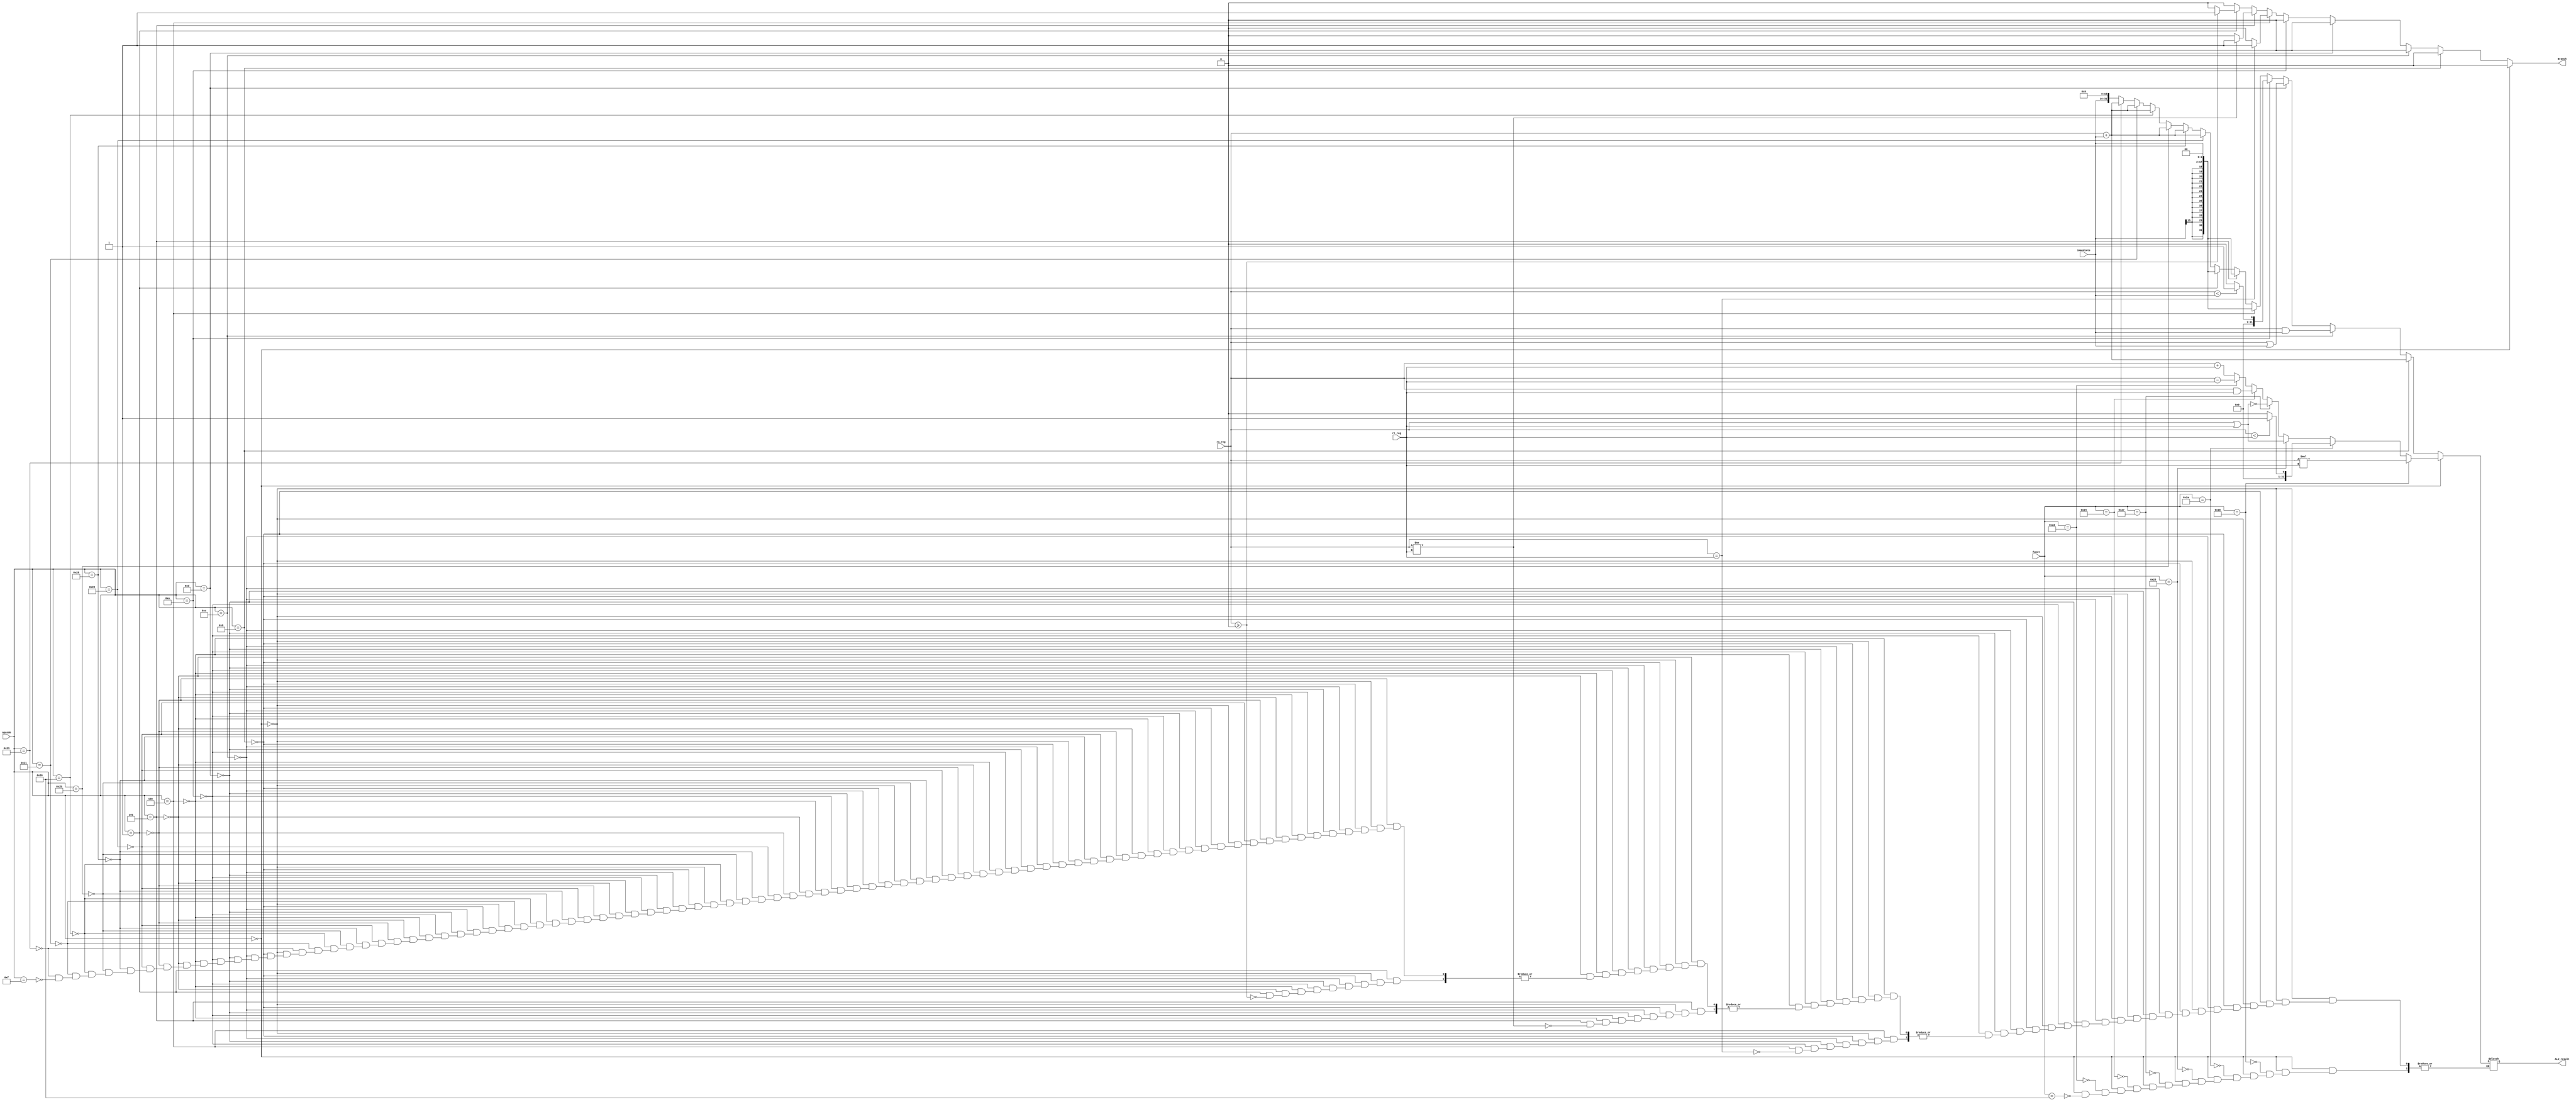
module ALU(opcode,rs_reg,rt_reg,immediate,Branch,funct,ALU_result);

input [5:0]opcode, funct;
input [31:0]rs_reg, rt_reg;
input [15:0]immediate;
output Branch;
output [31:0]ALU_result;

wire [5:0]opcode, funct;
wire [31:0]rs_reg, rt_reg;
wire [15:0]immediate;
reg Branch;
reg [31:0]ALU_result;

reg signed[31:0] Srs_reg, Srt_reg, Sext_imm, Zext_imm, BranchAdd;

always @ (rs_reg,rt_reg,funct,immediate) begin
  $display("ALU got opcode: %b and function: %b",opcode,funct);
  Branch=1'b0;
  Srs_reg = rs_reg;
  Srt_reg = rt_reg;
  Sext_imm = {{16{immediate[15]}}, immediate};
  Zext_imm = {{16{1'b0}}, immediate};
  BranchAdd = {{14{immediate[15]}}, immediate, 2'b0};

  if(opcode == 6'b000000)
  begin
    if(funct == 6'b100000)//add
    begin
    $display("add");
      ALU_result = Srs_reg + Srt_reg;
    end

    if(funct == 6'b100010)//sub
    begin
    $display("sub");
      ALU_result = Srs_reg - Srt_reg;
    end

    if(funct == 6'b100100)//and
    begin
    $display("and");
      ALU_result = rs_reg & rt_reg;
    end

    if(funct == 6'b100111)//nor
    begin
    $display("nor");
      ALU_result = rs_reg ~| rt_reg;
    end

    if(funct == 6'b100101)//or
    begin
    $display("or");
      ALU_result = rs_reg | rt_reg;
    end

    if(funct == 6'b101010)//slt
    begin
    $display("slt");
      ALU_result = (Srs_reg < Srt_reg)?1'b1:1'b0;
    end
    if(funct == 6'b011000)//mult
    begin
    $display("mult");
      ALU_result = Srs_reg * Srt_reg;
    end
  end

  //i
  else if(opcode == 6'b001000)//addi
  begin
  $display("addi");
    ALU_result = Srs_reg + Sext_imm;
  end

  else if(opcode == 6'b001100)//andi
  begin
  $display("andi");
    ALU_result = rs_reg & Zext_imm;
  end

  else if(opcode == 6'b001101)//ori
  begin
  $display("ori");
    ALU_result = rs_reg | Zext_imm;
  end

  else if(opcode == 6'b001010)//slti
  begin
  $display("slti");
    ALU_result = ($signed(Srs_reg) < $signed(Sext_imm))?32'b00000000000000000000000000000001:32'b00000000000000000000000000000000;
  end

  else if(opcode == 6'b000100)//beq
  begin
  $display("beq");
    if(Srs_reg==Srt_reg)
    begin
      Branch = 1'b1;
      ALU_result = BranchAdd;
      $display("Branch taken.");
    end
    else
    begin
    $display("Branch not taken.");
      Branch = 1'b0;
    end
  end

  else if(opcode == 6'b000101)//bneq
  begin
  $display("bneq");
    if(Srs_reg!=Srt_reg)
    begin
    $display("Branch taken.");
      Branch = 1'b1;
      ALU_result = BranchAdd;
    end
    else
    begin
    $display("Branch not taken.");
      Branch = 1'b0;
    end
  end

  else if(opcode == 6'b000001)//bgez
  begin
  $display("bgez");
    if(Srs_reg>=32'b00000000000000000000000000000000)
    begin
    $display("Branch taken.");
      Branch = 1'b1;
      ALU_result = BranchAdd;
    end
    else
    begin
    $display("Branch not taken.");
      Branch = 1'b0;
    end
  end

  else if(opcode==6'b101000)//sb
  begin
  $display("sb");
    ALU_result = Srs_reg + Sext_imm;
  end
  else if(opcode==6'b101001)//sh
  begin
  $display("sh");
    ALU_result = Srs_reg + Sext_imm;
  end
  else if(opcode == 6'b101011)//sw
  begin
  $display("sw");
    ALU_result = Srs_reg + Sext_imm;
  end
  else if(opcode == 6'b100000)//lb
  begin
  $display("lb");
    ALU_result = Srs_reg + Sext_imm;
    $display("Srs: %b - Sext: %b",Srs_reg,Sext_imm);
  end
  else if(opcode == 6'b100001)//lh
  begin
  $display("lh");
    ALU_result = Srs_reg + Sext_imm;
  end
  else if(opcode == 6'b100011 )//lw
  begin
  $display("lw");
    ALU_result = Srs_reg + Sext_imm;
  end
  else if(opcode==6'b001111)
  begin
  $display("lui");
    ALU_result={immediate,16'b0000000000000000};
  end

$display("ALU_Result: %b",ALU_result);

end//end ALU ops

endmodule